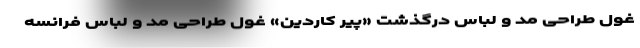
غول طراحی مد و لباس درگذشت «پیر کاردین» غول طراحی مد و لباس فرانسه